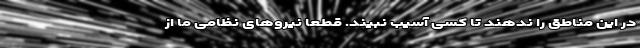
در این مناطق را ندهند تا کسی آسیب نبیند. قطعا نیروهای نظامی ما از